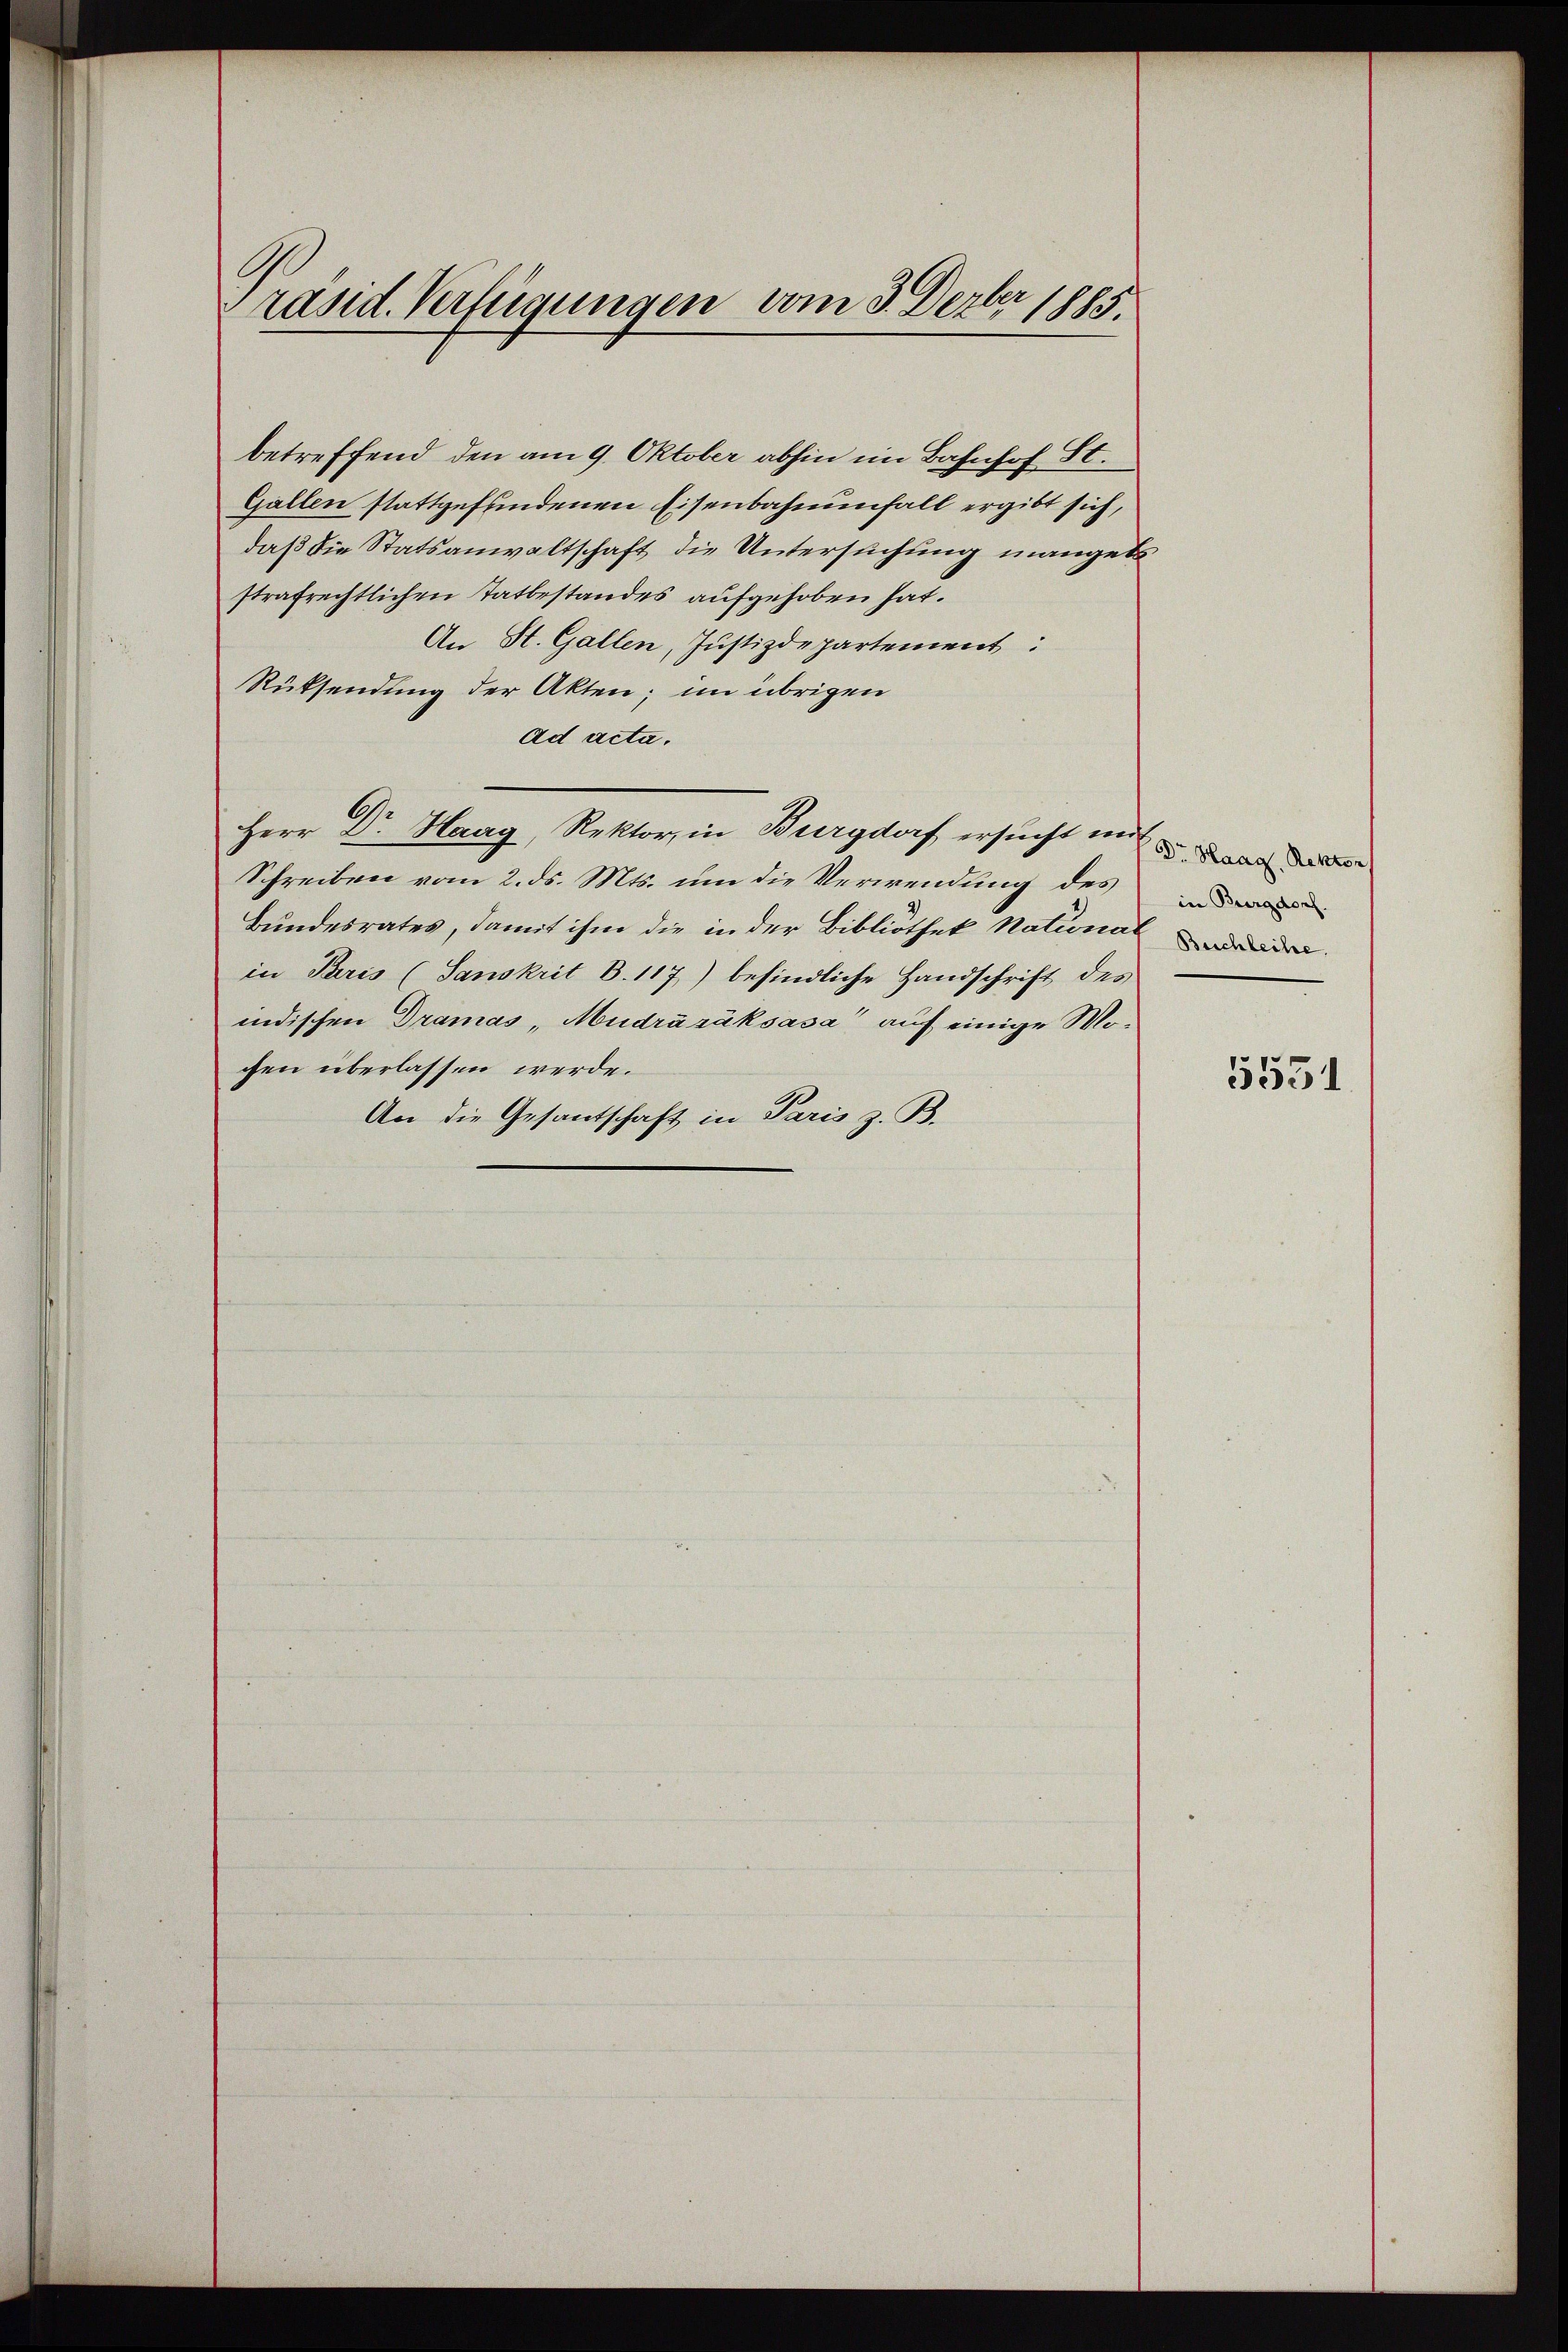
räsid. Verfügungen vom 3. Dezbr 1885.

betreffend den am 9. Oktober abhin im Bahnhof St.
Gallen stattgefundenen Eisenbahnenfall ergibt sich,
daß die Statsanwaltschaft die Untersuchung manget
strafrechtlichen Tatbestandes aufgehoben hat.
An St. Gallen, Justizdepartement:
Rücksendung der Akten; im übrigen
ad acta.
Herr Dr Haag, Rektor, in Burgdorf ersucht und an der
Schreiben vom 2. ds. Mts. um die Verwendung des de
Bundesrates, damit ihm die in der Bibliothek National
in Paris (Sanskrit B. 117) befindliche Handschrift des
indischen Dramas, Mudrázäksasa auf einige Mochen überlassen werde.
An die Gesantschaft in Paris z. B.

5551